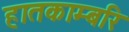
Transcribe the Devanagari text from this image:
हातकाम्बरि